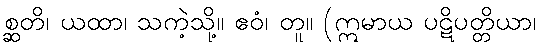
စ္ဆတိ၊ ယထာ၊ သကဲ့သို့။ ဧဝံ၊ တူ။ (ဣမာယ ပဋိပတ္တိယာ၊